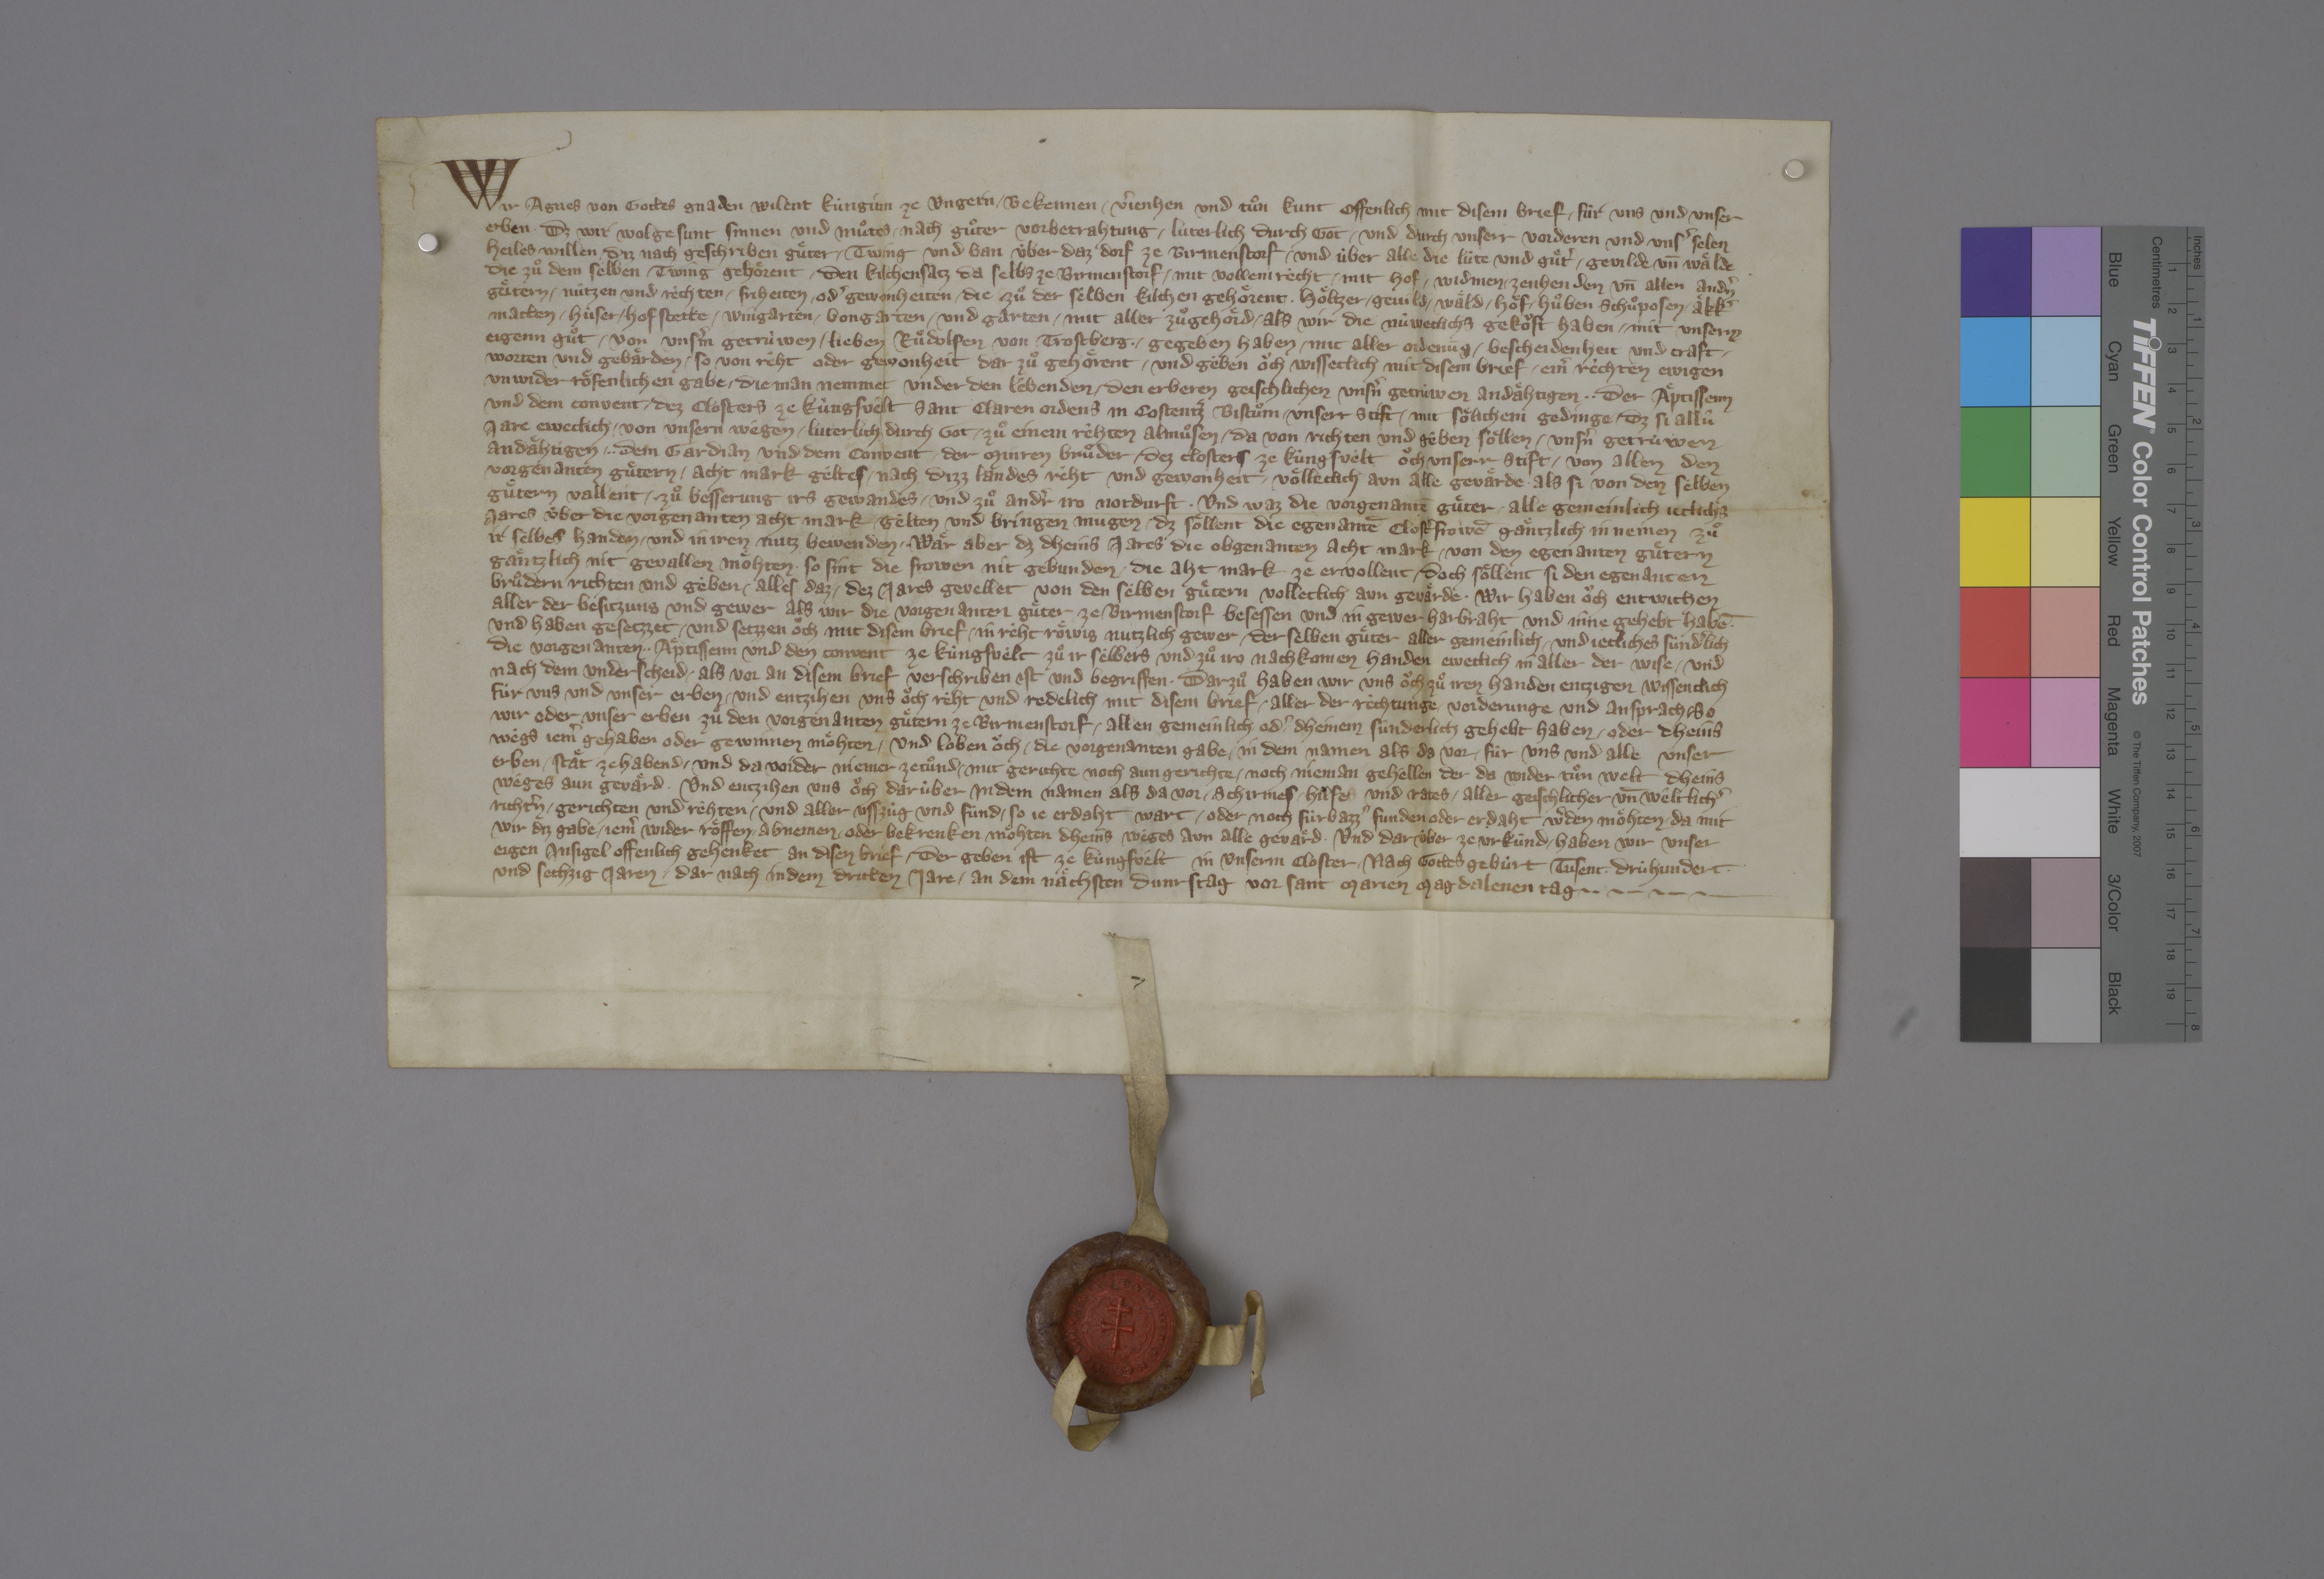
Transcription:
Wir, Agnes, von gottes gnaden wilent kùnginn ze Ungern, ✳ bekennen, ✳ vˀjenhen und tuͦn kunt offenlich mit disem brief ✳ fùr uns und unser
erben, ✳ dz wir wolgesunt sinnen und muͦtes ✳ nach guͦter vorbetrahtung ✳ lùterlich durch got ✳ und durch unserr vorderen und unsˀ selen
heiles willen ✳ diz nach geschriben guͤter, ✳ twing und ban ùber daz dorf ze Birmenstorf ✳ und ùber alle die lùte und guͤtˀ, ✳ gevilde un̄ waͤlde,
die zuͦ dem selben twing gehoͤrent, ✳ den kilchensatz da selbs ze Birmenstorf ✳ mit vollem recht, ✳ mit hof, ✳ widmen, ✳ zenhenden un̄ allen andnˀ
guͤtern, ✳ nùtzen und reͤchten, friheiten ✳ odˀ gewonheiten, ✳ die zuͦ der selben kilchen gehoͤrent, ✳ hoͤltzer, ✳ gevild, ✳ waͤld, ✳ hoͤf, ✳ huͦben, schuͦposen, akkˀ,
matten, ✳ hùser, ✳ hof stette, ✳ wingarten, ✳ bongarten und garten, ✳ mit aller zuͦghoͤrd, ✳ als wir die nùweclichz gekoͧft haben ✳ mit unserm
eigenn guͦt ✳ von unsˀm getrùwen, ✳ lieben Ruͦdolfen von Trostberg, ✳ gegeben haben ✳ mit aller ordenūg, ✳ bescheidenheit und craft, ✳
worten und gebaͤrden, ✳ so von rêht oder gewonheit dar zuͦ gehoͤrent, ✳ und gèben oͧch wisseclich mit disem brief ✳ einˀ rèchten, ewigen,
unwider roͤfenlichen gabe, ✳ die man nemmet under den lèbenden, ✳ den erberen, geischlichen, unsnˀ getrùwen, andaͤhtigen, ✳ ✳ der aͤptissenn
und dem convent ✳ dez closters ze Kùngsvêlt, Sant Claren ordens, in Costentzˀ bistuͦm, ✳ unserr stift, ✳ mit soͤlichem gedinge, ✳ dz si allû
jare eweclich ✳ von unsern wêgen ✳ luterlich durch got ✳ zuͦ einem rêhten almuͦsen ✳ da von richten und gêben soͤllen ✳ unsˀn getrùwen,
andaͤhtigen, ✳ ✳ dem gardian und dem convent ✳ der Minren Bruͦder ✳ dez closters ze Kùngsvèlt, oͧch unserr stift, ✳ von allen den
vorgenanten guͤtern ✳ acht mark gèltes ✳ nach dizz landes rêht und gewonheit ✳ voͤlleclich aun alle gevaͤrde, ✳ als si von den selben
guͤtern vallent, ✳ zuͦ besserung irs gewandes ✳ und zuͦ andˀr iro notdurft. ✳ und waz die vorgenantē guͤter ✳ alle gemeinlich jeclichs
jares ùber die vorgenanten acht mark ✳ gelten und bringen mugen, ✳ dz soͤllent die egenantē clostˀfrowē gaͤntzlich in nemen zuͦ
ir selbes handen ✳ und in irez nutz bewenden. ✳ waͤr aber, dz dheins jares die obgenanten acht mark ✳ von den egenanten guͤtern
gaͤntzlich nit gevallen moͤhten, ✳ so sint die frowen nit gebunden, ✳ die aht mark ze ervollent, ✳ doch soͤllent si den egenanten
bruͦdern richten und gèben ✳ alles, daz ✳ dez jares gevellet von den selben guͤtern volleclich aun gevaͤrde. ✳ wir haben oͧch entwichen
aller der besitzung und gewer, als wir die vorgenanten guͤter ze Birmenstorf besessen und in gewer harbraht und inne gehebt habē ,✳
und haben gesetzzet ✳ und setzzen oͧch mit disem brief ✳ in rêht, roͤwig, nutzlich gewer ✳ der selben guͤter, aller gemeinlich ✳ und jetliches sùndˀlich,
die vorgenanten ✳ ✳ aͤptissenn und den convent ze Kùngsvèlt zuͦ ir sèlbers und zuͦ iro nachkomen handen eweclich, in aller der wise ✳ und
nach dem underscheid, ✳ als vor an disem brief verschriben ist und begriffen. ✳ darzuͦ haben wir uns oͧch zuͦ iren handen entzigen wissentlich
fùr uns und unser erben ✳ und entzihen uns oͧch rèht und redelich mit disem brief ✳ aller der rèchtunge, vorderunge und ansprach, ✳ so
wir oder unser erben zuͦ den vorgenanten guͤtern ze Birmenstorf, ✳ allen gemeinlich ✳ odˀ dheinem sùnderlich, gehebt haben ✳ oder dheins
wègs jemˀ gehaben oder gewinnen moͤhten, ✳ und loben oͧch, ✳ die vorgenanten gabe ✳ in dem namen, als da vor, ✳ fùr uns und alle unser
erben ✳ staͤt ze habend ✳ und da wider niemer zetuͦnd ✳ mit gerichte noch aun gerichte ✳ noch nieman gehellen, der da wider tuͦn welt, dheins
wèges, aun gevaͤrd, ✳ und entzihen uns oͧch darùber in dem namen, als da vor, ✳ schirmes, ✳ hilfe und rates ✳ aller geischlicher un̄ wêltlichˀ
richtˀn, ✳ gerichten und rêhten ✳ und aller usszùg und fùnd, ✳ so je erdaht wart ✳ oder noch fùrbazzˀ funden oder erdaht wˀden moͤhten, ✳ da mit
wir diz gabe ✳ jemˀ wider roͤffen, ✳ abnemen ✳ oder bekrenken moͤhten dheins weges, aun alle gevaͤrd. ✳ und darùber ze urkùnd ✳ haben wir unser
eigen insigel offenlich gehenket an disen brief, ✳ der geben ist ze Kuͤngsvèlt in unserm closter, ✳ nach gottes gebùrt tusent ✳ drùhundert ✳
und sechzig jaren, ✳ dar nach in dem dritten jare, ✳ an dem naͤchsten dunrstag vor sant Marien Magdalenen tag. ✳